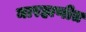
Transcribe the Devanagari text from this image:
मारहाणीत